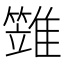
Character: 𩀩